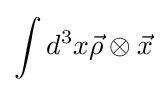
\int d^{3}x{\vec {\rho }}\otimes {\vec {x}}